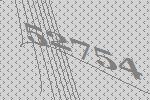
52754